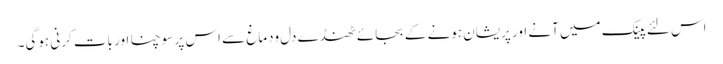
اس لئے پینک میں آنے اور پریشان ہونے کے بجائے ٹھنڈے دل ودماغ سے اس پر سوچنا اور بات کرنی ہوگی۔